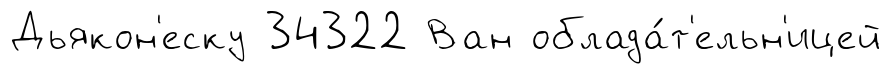
Дьякон'еску 34322 Ван облада́т'ельн'ицей